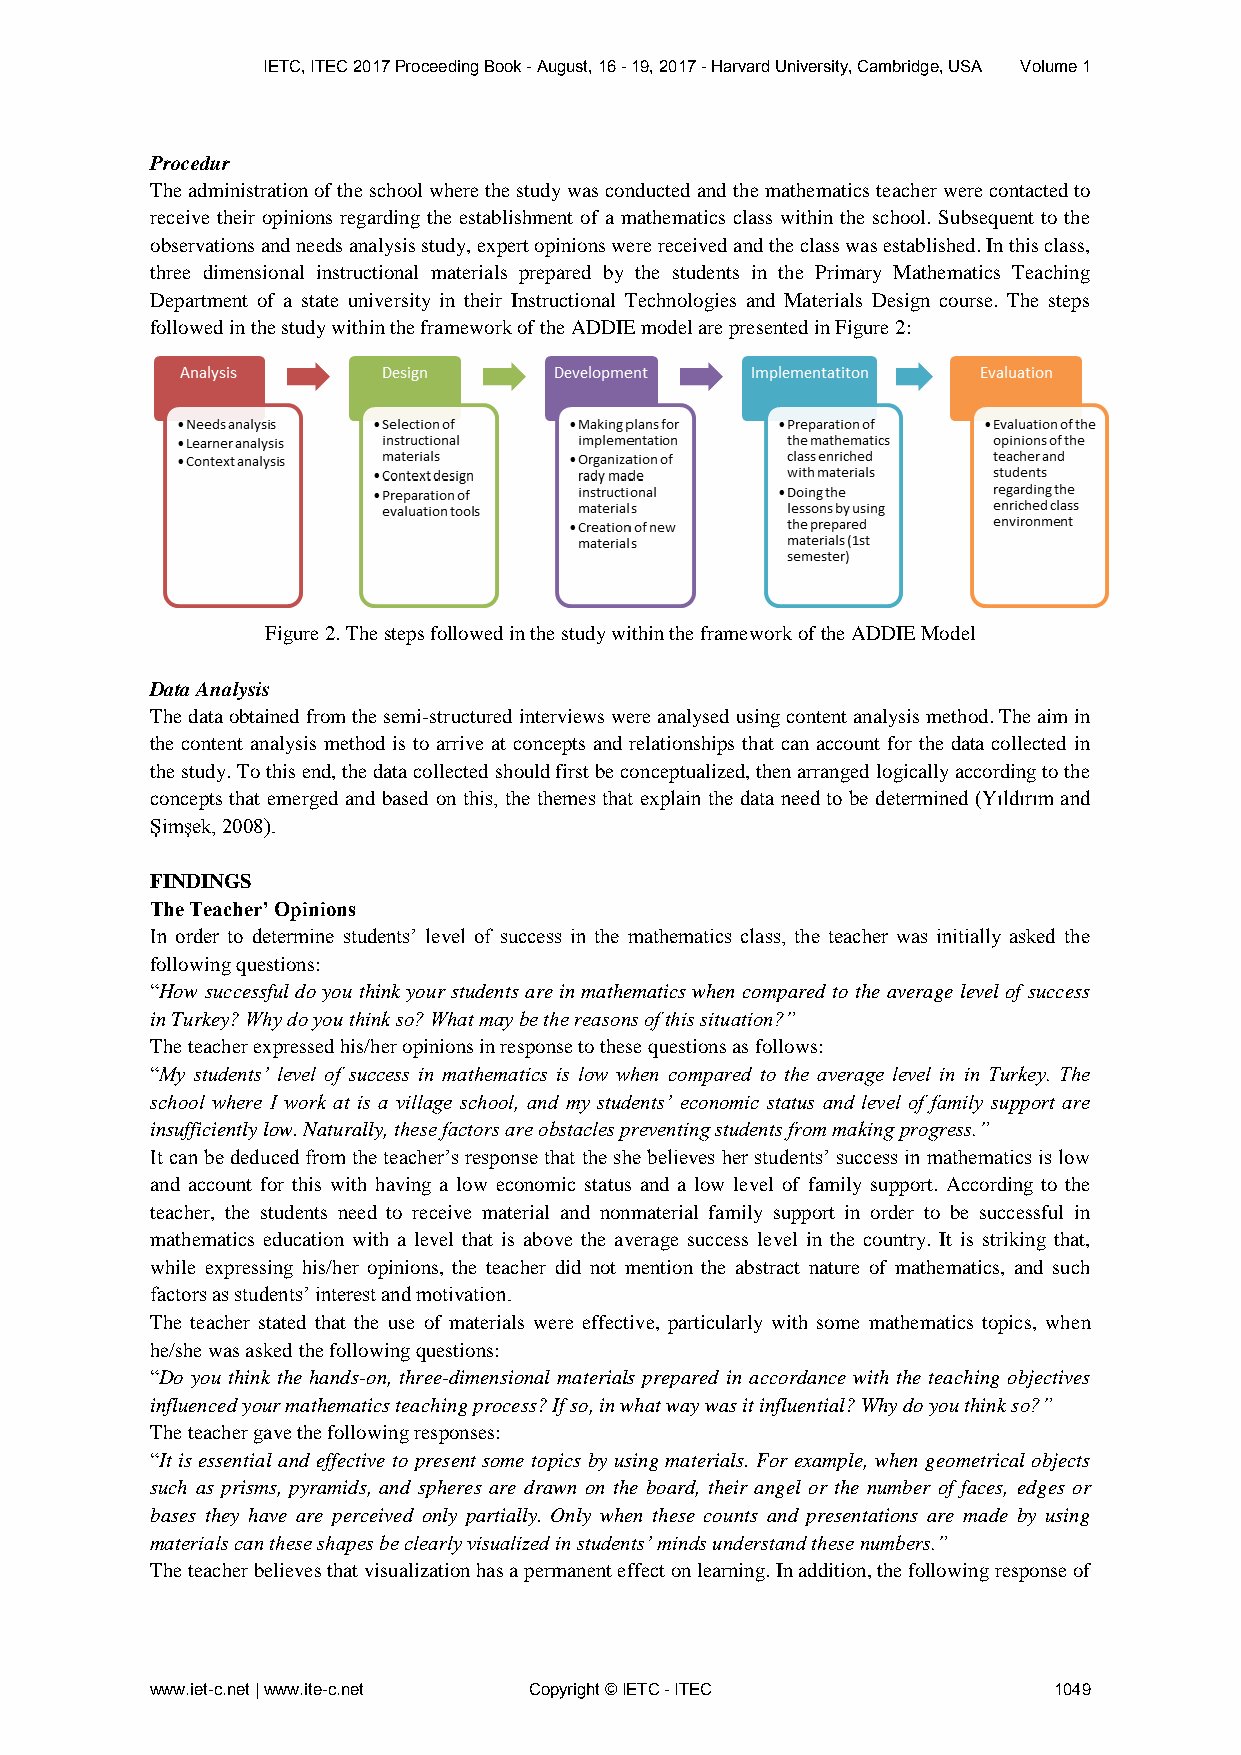
IETC, ITEC 2017 Proceeding Book - August, 16 - 19, 2017 - Harvard University, Cambridge, USA Volume 1
 Procedur
 The administration of the school where the study was conducted and the mathematics teacher were contacted to
 receive their opinions regarding the establishment of a mathematics class within the school. Subsequent to the
 observations and needs analysis study, expert opinions were received and the class was established. In this class,
 three dimensional instructional materials prepared by the students in the Primary Mathematics Teaching
 Department of a state university in their Instructional Technologies and Materials Design course. The steps
 followed in the study within the framework of the ADDIE model are presented in Figure 2:
 Figure 2. The steps followed in the study within the framework of the ADDIE Model
 Data Analysis
 The data obtained from the semi-structured interviews were analysed using content analysis method. The aim in
 the content analysis method is to arrive at concepts and relationships that can account for the data collected in
 the study. To this end, the data collected should first be conceptualized, then arranged logically according to the
 concepts that emerged and based on this, the themes that explain the data need to be determined (Yıldırım and
 Şimşek, 2008).
 FINDINGS
 The Teacher’ Opinions
 In order to determine students’ level of success in the mathematics class, the teacher was initially asked the
 following questions:
 “How successful do you think your students are in mathematics when compared to the average level of success
 in Turkey? Why do you think so? What may be the reasons of this situation?”
 The teacher expressed his/her opinions in response to these questions as follows:
 “My students’ level of success in mathematics is low when compared to the average level in in Turkey. The
 school where I work at is a village school, and my students’ economic status and level of family support are
 insufficiently low. Naturally, these factors are obstacles preventing students from making progress.”
 It can be deduced from the teacher’s response that the she believes her students’ success in mathematics is low
 and account for this with having a low economic status and a low level of family support. According to the
 teacher, the students need to receive material and nonmaterial family support in order to be successful in
 mathematics education with a level that is above the average success level in the country. It is striking that,
 while expressing his/her opinions, the teacher did not mention the abstract nature of mathematics, and such
 factors as students’ interest and motivation.
 The teacher stated that the use of materials were effective, particularly with some mathematics topics, when
 he/she was asked the following questions:
 “Do you think the hands-on, three-dimensional materials prepared in accordance with the teaching objectives
 influenced your mathematics teaching process? If so, in what way was it influential? Why do you think so?”
 The teacher gave the following responses:
 “It is essential and effective to present some topics by using materials. For example, when geometrical objects
 such as prisms, pyramids, and spheres are drawn on the board, their angel or the number of faces, edges or
 bases they have are perceived only partially. Only when these counts and presentations are made by using
 materials can these shapes be clearly visualized in students’ minds understand these numbers.”
 The teacher believes that visualization has a permanent effect on learning. In addition, the following response of
 www.iet-c.net | www.ite-c.net Copyright © IETC - ITEC       1049